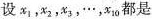
设x_{1},x_{2}，x_{3}，…，x_{10}都是